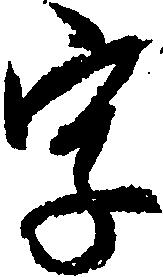
字